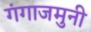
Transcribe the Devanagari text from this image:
गंगाजमुनी